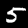
Digit: 5